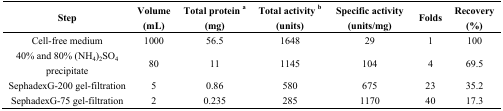
<table><thead><tr><td><b>Step</b></td><td><b>Volume (mL)</b></td><td><b>Total protein a (mg)</b></td><td><b>Total activity b (units)</b></td><td><b>Specific activity (units/mg)</b></td><td><b>Folds</b></td><td><b>Recovery (%)</b></td></tr></thead><tbody><tr><td>Cell-free medium</td><td>1000</td><td>56.5</td><td>1648</td><td>29</td><td>1</td><td>100</td></tr><tr><td>40% and 80% (NH<sub>4</sub>)<sub>2</sub>SO<sub>4</sub> precipitate</td><td>80</td><td>11</td><td>1145</td><td>104</td><td>4</td><td>69.5</td></tr><tr><td>SephadexG-200 gel-filtration</td><td>5</td><td>0.86</td><td>580</td><td>675</td><td>23</td><td>35.2</td></tr><tr><td>SephadexG-75 gel-filtration</td><td>2</td><td>0.235</td><td>285</td><td>1170</td><td>40</td><td>17.3</td></tr></tbody></table>